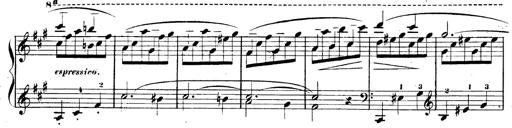
Title: 3 Caprices-Valses
Composer: Franz Liszt